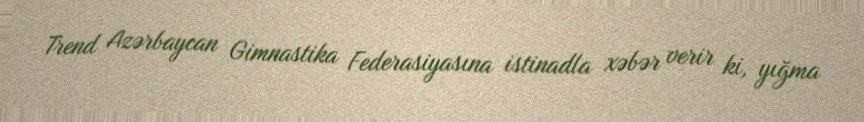
Trend Azərbaycan Gimnastika Federasiyasına istinadla xəbər verir ki, yığma